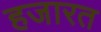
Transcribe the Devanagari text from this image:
हजारत